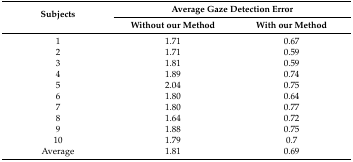
<table><thead><tr><td rowspan="2"><b>Subjects</b></td><td colspan="2"><b>Average Gaze Detection Error</b></td></tr><tr><td><b>Without our Method</b></td><td><b>With our Method</b></td></tr></thead><tbody><tr><td>1</td><td>1.71</td><td>0.67</td></tr><tr><td>2</td><td>1.71</td><td>0.59</td></tr><tr><td>3</td><td>1.81</td><td>0.59</td></tr><tr><td>4</td><td>1.89</td><td>0.74</td></tr><tr><td>5</td><td>2.04</td><td>0.75</td></tr><tr><td>6</td><td>1.80</td><td>0.64</td></tr><tr><td>7</td><td>1.80</td><td>0.77</td></tr><tr><td>8</td><td>1.64</td><td>0.72</td></tr><tr><td>9</td><td>1.88</td><td>0.75</td></tr><tr><td>10</td><td>1.79</td><td>0.7</td></tr><tr><td>Average</td><td>1.81</td><td>0.69</td></tr></tbody></table>